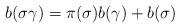
LaTeX: \begin{align*}b(\sigma\gamma)=\pi(\sigma)b(\gamma)+b(\sigma)\end{align*}